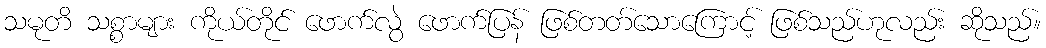
သမုတိ သစ္စာများ ကိုယ်တိုင် ဖောက်လွဲ ဖောက်ပြန် ဖြစ်တတ်သောကြောင့် ဖြစ်သည်ဟုလည်း ဆိုသည်။